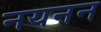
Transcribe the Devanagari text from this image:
नयनन